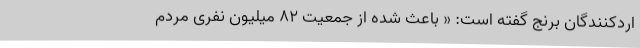
اردکنندگان برنج گفته است: « باعث شده از جمعیت ۸۲ میلیون نفری مردم